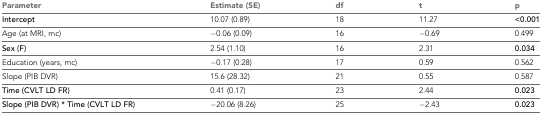
<table><thead><tr><td><b>Parameter</b></td><td><b>Estimate (SE)</b></td><td><b>df</b></td><td><b>t</b></td><td><b>p</b></td></tr></thead><tbody><tr><td><b>Intercept</b></td><td>10.07 (0.89)</td><td>18</td><td>11.27</td><td><b>&lt;0.001</b></td></tr><tr><td>Age (at MRI, mc)</td><td>−0.06 (0.09)</td><td>16</td><td>−0.69</td><td>0.499</td></tr><tr><td><b>Sex (F)</b></td><td>2.54 (1.10)</td><td>16</td><td>2.31</td><td><b>0.034</b></td></tr><tr><td>Education (years, mc)</td><td>−0.17 (0.28)</td><td>17</td><td>0.59</td><td>0.562</td></tr><tr><td>Slope (PIB DVR)</td><td>15.6 (28.32)</td><td>21</td><td>0.55</td><td>0.587</td></tr><tr><td><b>Time (CVLT LD FR)</b></td><td>0.41 (0.17)</td><td>23</td><td>2.44</td><td><b>0.023</b></td></tr><tr><td><b>Slope (PIB DVR) * Time (CVLT LD FR)</b></td><td>−20.06 (8.26)</td><td>25</td><td>−2.43</td><td><b>0.023</b></td></tr></tbody></table>